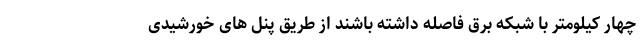
چهار کیلومتر با شبکه برق فاصله داشته باشند از طریق پنل های خورشیدی